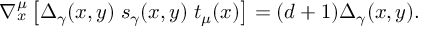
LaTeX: \nabla _ { x } ^ { \mu } \left[ \Delta _ { \gamma } ( x , y ) \; s _ { \gamma } ( x , y ) \; t _ { \mu } ( x ) \right] = ( d + 1 ) \Delta _ { \gamma } ( x , y ) .